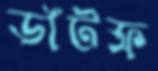
ডাঁটফ